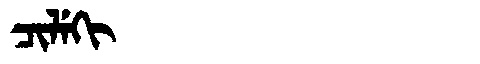
Manchu: ᠴᡳᠯᡝᡴᡳ
Romanization: CILEKI